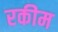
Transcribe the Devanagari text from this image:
रकीम